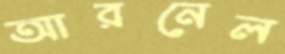
আরনেল